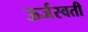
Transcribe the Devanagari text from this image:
ऊर्जस्वती